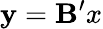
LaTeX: \mathbf{y}=\mathbf{{B^{\prime}}}x